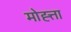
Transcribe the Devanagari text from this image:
मोह्त्ता